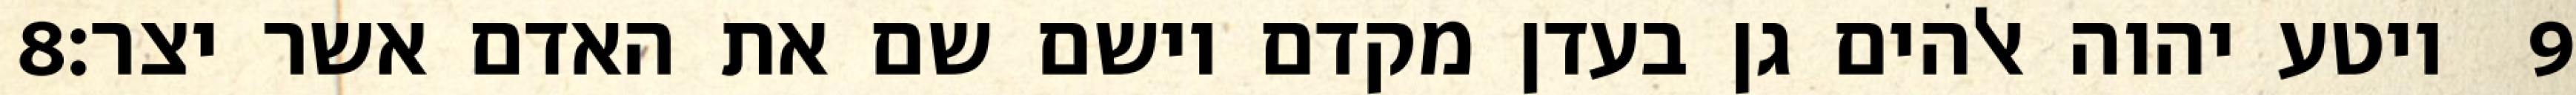
‎8‏ ויטע יהוה אלהים גן בעדן מקדם וישם שם את האדם אשר יצר׃ ‎9‏